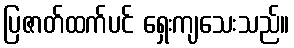
ပြဇာတ်ထက်ပင် ရှေးကျသေးသည်။